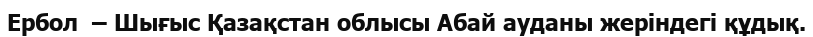
Ербол  – Шығыс Қазақстан облысы Абай ауданы жеріндегі құдық.